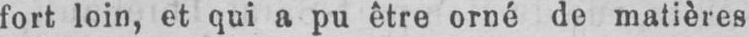
fort loin, et qui a pu être orné de matières